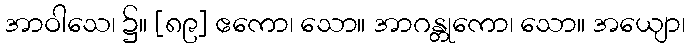
အာဝါသေ၊ ၌။ [၈၉] ဧကော၊ သော။ အာဂန္တုကော၊ သော။ အယျော၊